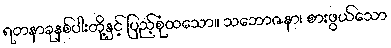
ရတနာခုနစ်ပါးတို့နှင့် ပြည့်စုံထသော။ သဘောဇနာ၊ စားဖွယ်သော